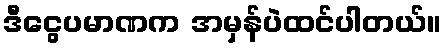
ဒီငွေပမာဏက အမှန်ပဲထင်ပါတယ်။